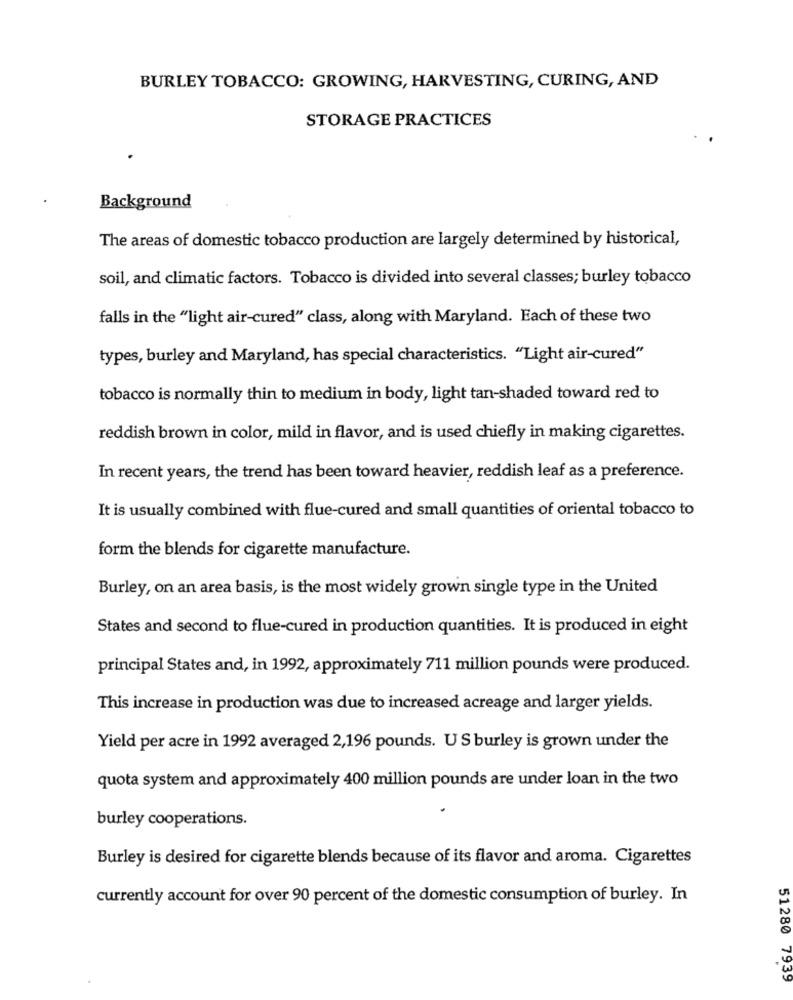
BURLEY TOBACCO: GROWING, HARVESTING, CURING, AND
STORAGE PRACTICES
Background
The areas of domestic tobacco production are largely determined by historical,
soil, and climatic factors. Tobacco is divided into several classes; burley tobacco
falls in the "light air-cured" class, along with Maryland. Each of these two
types, burley and Maryland, has special characteristics. "Light air-cured"
tobacco is normally thin to medium in body, light tan-shaded toward red to
reddish brown in color, mild in flavor, and is used chiefly in making cigarettes.
In recent years, the trend has been toward heavier, reddish leaf as a preference.
It is usually combined with flue-cured and small quantities of oriental tobacco to
form the blends for cigarette manufacture.
Burley, on an area basis, is the most widely grown single type in the United
States and second to flue-cured in production quantities. It is produced in eight
principal States and, in 1992, approximately 711 million pounds were produced.
This increase in production was due to increased acreage and larger yields.
Yield per acre in 1992 averaged 2,196 pounds. US burley is grown under the
quota system and approximately 400 million pounds are under loan in the two
burley cooperations.
Burley is desired for cigarette blends because of its flavor and aroma. Cigarettes
currently account for over 90 percent of the domestic consumption of burley. In
51280 7939